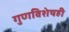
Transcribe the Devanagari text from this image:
गुणविशेषही